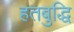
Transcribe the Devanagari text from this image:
हतबुद्धि